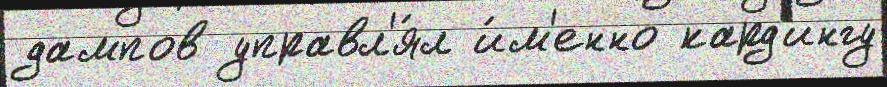
дампов управл'я́л и́м'енно кард'ингу